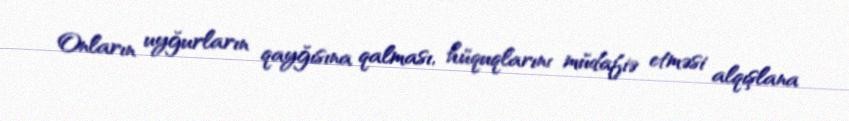
Onların uyğurların qayğısına qalması, hüquqlarını müdafiə etməsi alqışlana